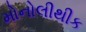
મોનોલીથીક